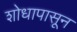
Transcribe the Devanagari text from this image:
शोधापासून